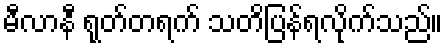
မီလာနီ ရုတ်တရက် သတိပြန်ရလိုက်သည်။